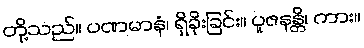
တို့သည်။ ပဏမာနံ၊ ရှိခိုးခြင်း။ ပူဇနန္တိ၊ ကား။